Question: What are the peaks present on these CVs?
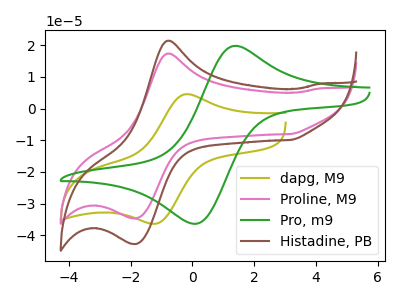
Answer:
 <answer>The olive curve "dapg, M9" has an anodic peak at (-0.15V, 4.55uA) and a cathodic peak at (-1.20V, -36.40uA). The pink curve "Proline, M9" has an anodic peak at (-0.75V, 17.40uA) and a cathodic peak at (-1.80V, -34.65uA). The green curve "Pro, m9" has an anodic peak at (1.30V, 19.65uA) and a cathodic peak at (0.10V, -36.40uA). The brown curve "Histadine, PB" has an anodic peak at (-0.75V, 21.45uA) and a cathodic peak at (-1.80V, -42.70uA).</answer>
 <eval></eval>